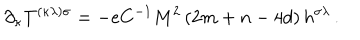
\partial _ { \kappa } T ^ { ( \kappa \lambda ) \sigma } = - e C ^ { - 1 } M ^ { 2 } \left( 2 m + n - 4 d \right) h ^ { \sigma \lambda } \, .